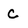
Character: C